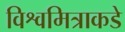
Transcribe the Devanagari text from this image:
विश्वमित्राकडे